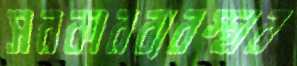
সরকারব্যবস্থার